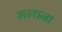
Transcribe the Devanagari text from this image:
मन्धना